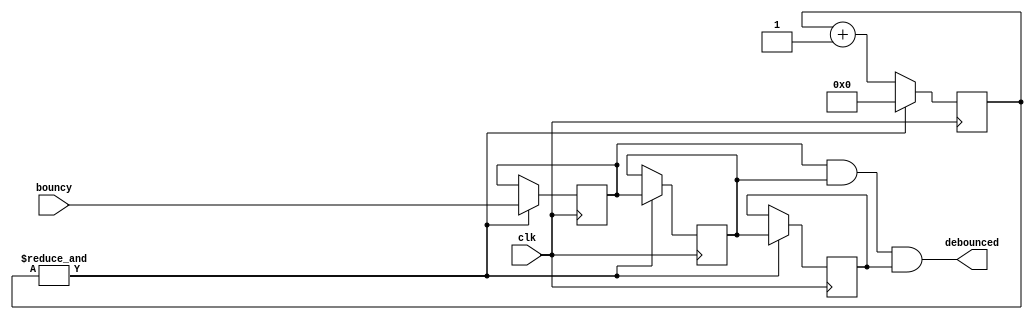
// Debounces a bouncy input

module Debounce (
  input clk,
  input bouncy,
  output debounced
);

reg [18:0] counter;
reg d1, d2, d3;
assign debounced = d1 & d2 & d3;

always @(posedge clk) begin
  if (&counter) begin
    counter <= 0;
    d1 <= bouncy;
    d2 <= d1;
    d3 <= d2;
  end else
    counter <= counter + 1'b1;
end

endmodule